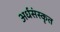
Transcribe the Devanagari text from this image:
अर्धसंस्कृत